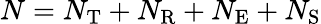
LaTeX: N=N_{\mathrm{T}}+N_{\mathrm{R}}+N_{\mathrm{E}}+N_{\mathrm{S}}